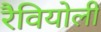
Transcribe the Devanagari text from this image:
रैवियोली